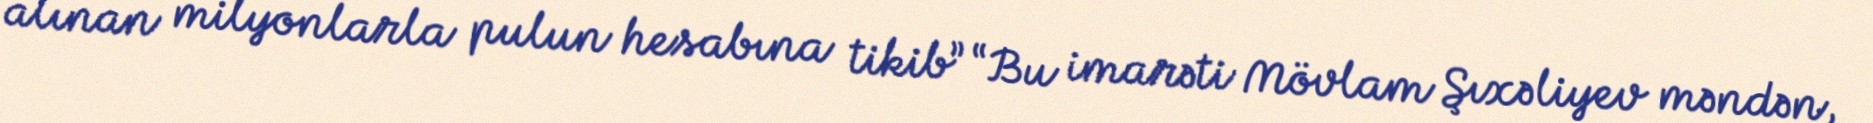
alınan milyonlarla pulun hesabına tikib” “Bu imarəti Mövlam Şıxəliyev məndən,